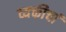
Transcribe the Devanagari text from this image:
व्यक्तीचां